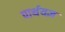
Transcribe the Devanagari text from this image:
पार्थयज्ञ